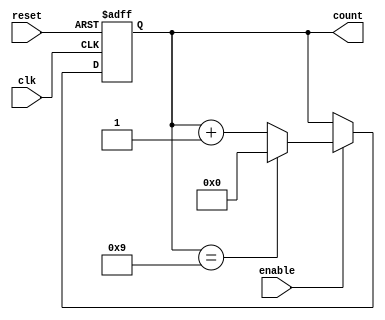
module decade_counter (
    input wire clk,         // Clock input
    input wire reset,       // Asynchronous reset input
    input wire enable,      // Enable signal
    output reg [3:0] count  // 4-bit output for count
);

// Always block for counting logic
always @(posedge clk or posedge reset) begin
    if (reset) begin
        count <= 4'b0000;  // Reset count to 0
    end else if (enable) begin
        if (count == 4'b1001) begin
            count <= 4'b0000;  // Reset count to 0 after reaching 9
        end else begin
            count <= count + 1; // Increment count
        end
    end
end

endmodule